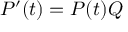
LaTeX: P ^ { \prime } ( t ) = P ( t ) Q